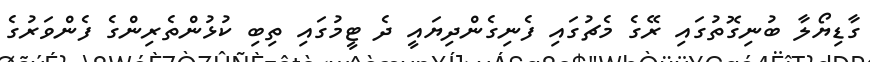
ގާޑިޔޯލާ ބުނިގޮތުގައި ރޭގެ މެޗުގައި ފެނިގެންދިޔައީ ދެ ޓީމުގައި ތިބި ކުޅުންތެރިންގެ ފެންވަރުގެ